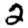
Digit: 2